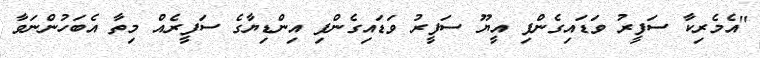
"އެމެރިކާ ސަފީރު ވަޑައިގެންފި އީޔޫ ސަފީރު ވަޑައިގެންފި އިންޑިޔާގެ ސަފީރެއް މިތާ އެބަހުންނަވާ